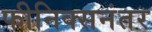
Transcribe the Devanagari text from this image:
फीनिक्सनंतर